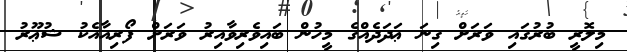
މިލޮރީ ބުރުގައި ވަރަށް ގިނަ ޢަދަދެއްގެ މީހުން ބައިވެރިވާއިރު ވަރަށް ފޯރިއާއެކު ޝުޢޫރު